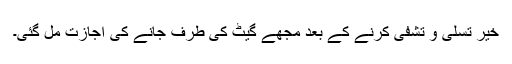
خیر تسلی و تشفی کرنے کے بعد مجھے گیٹ کی طرف جانے کی اجازت مل گئی۔